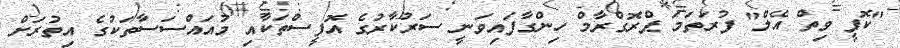
"ކޮފީ ވިތް އޭލް" ފުރަތަމަ ޕްރޮގްރާމް ހިންގާފައިވަނީ ސަރުކާރުގެ އޮފީސްތަކާއި މުއައްސަސާތަކުގެ އިތުރަށް